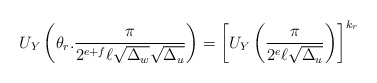
\begin{align*}U_Y\left( \theta_r . \frac{\pi }{2^{e+f} \ell \sqrt{\Delta_w}\sqrt{\Delta_u}} \right) & = \left[U_Y\left( \frac{\pi}{2^e \ell \sqrt{\Delta_u}}\right)\right]^{k_r }\end{align*}